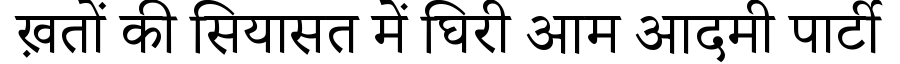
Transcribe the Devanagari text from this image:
ख़तों की सियासत में घिरी आम आदमी पार्टी